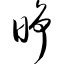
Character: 睁